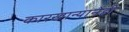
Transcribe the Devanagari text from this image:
कारखान्यानेही